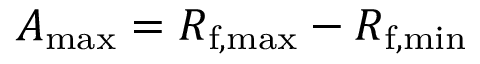
A _ { \mathrm { m a x } } = R _ { \mathrm { f , m a x } } - R _ { \mathrm { f , m i n } }